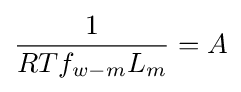
{\frac {1}{RTf_{w-m}L_{m}}}=A